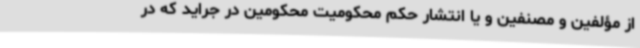
از مؤلفین و مصنفین و یا انتشار حکم محکومیت محکومین در جراید که در